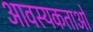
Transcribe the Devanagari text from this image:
आवस्यकताओं